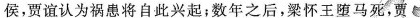
侯,贾谊认为祸患将自此兴起;微年之后,梁怀王堕马死,贾